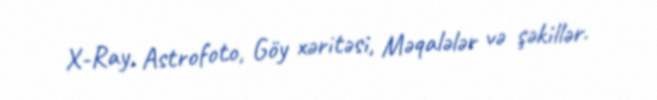
X-Ray, Astrofoto, Göy xəritəsi, Məqalələr və şəkillər.